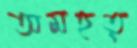
অমহত্